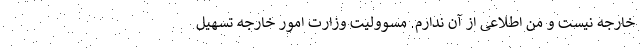
خارجه نیست و من اطلاعی از آن ندارم. مسوولیت وزارت امور خارجه تسهیل